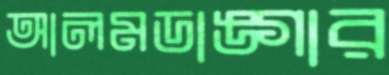
আলমডাঙ্গার